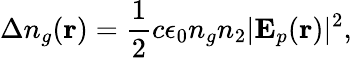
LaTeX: \Delta n_{g}(\mathbf{r})=\frac{1}{2}c\epsilon_{0}n_{g}n_{2}\vert\mathbf{E}_{p}(\mathbf{r})\vert^{2},